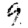
Digit: 9